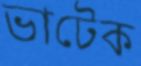
ভাটেক